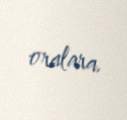
oralara.